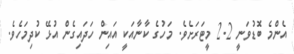
އެންމެ ބޮޑުވަނީ 2.2 މީޓަރަށެވެ. މަހުގެ ކާނާއަކީ އައިން ހަދައިގެން އުޅޭ ކުދިމަހެވެ.